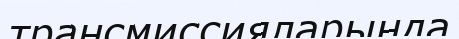
трансмиссияларында